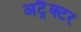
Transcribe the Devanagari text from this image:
अट्रैक्टर